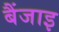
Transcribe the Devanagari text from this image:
बैंजाइ